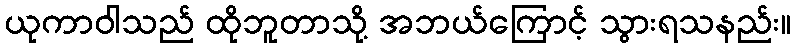
ယုကာဝါသည် ထိုဘူတာသို့ အဘယ်ကြောင့် သွားရသနည်း။